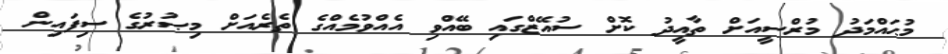
މުޙައްމަދު މުރްސީއަށް ތާއީދު ކޮށް ސުއޭޒްގައި ބޭއްވި އެއްވުމެއްގެ ތެރެއަށް މިޞުރުގެ ސިފައިން